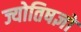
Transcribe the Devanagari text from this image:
ज्योतिषज्ञों